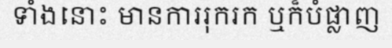
ទាំងនោះ មានការរុករក ឬក៏បំផ្លាញ